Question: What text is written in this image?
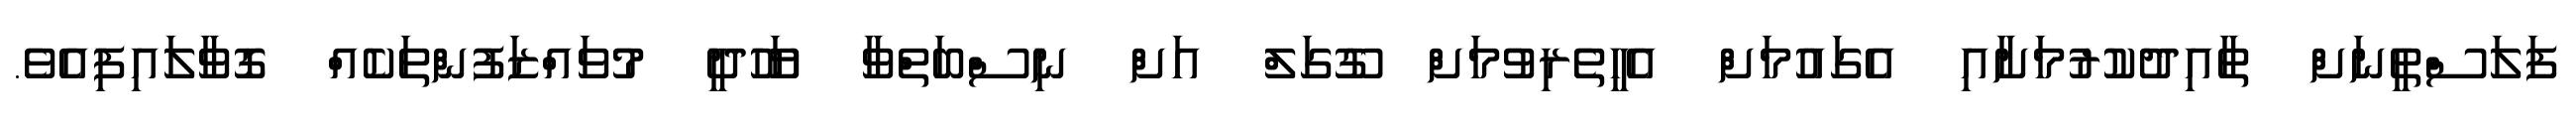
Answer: ފަލަސްތީނަށް ތާއިދުކުރުމަށާއި އެގައުމަށް އެހީތެރިވުމަށް ގޫގަލް އަށް ނިސްބަތްވާ ޔަހޫދީ މުވައްޒަފުންތަކެއް ގޮވާލައިފިއެވެ.